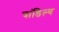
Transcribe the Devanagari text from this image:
चांडिल्य